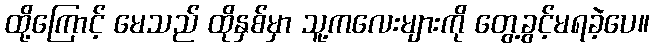
ထို့ကြောင့် မေသည် ထိုနှစ်မှာ သူ့ကလေးများကို တွေ့ခွင့်မရခဲ့ပေ။